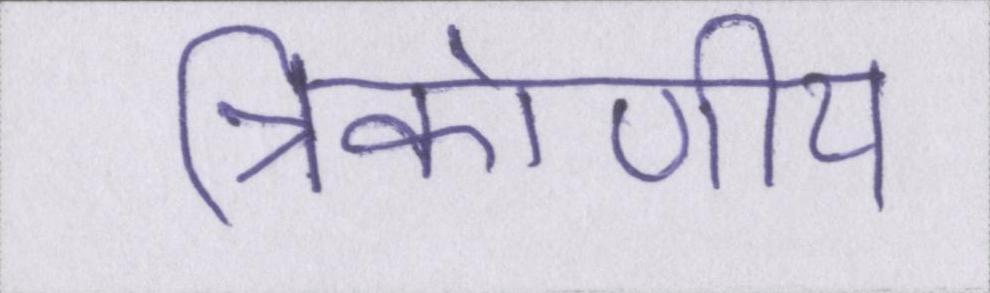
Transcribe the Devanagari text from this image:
त्रिकोणीय